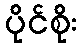
ပိုင်စိုး